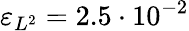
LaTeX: \varepsilon_{L^{2}}=2.5\cdot 10^{-2}